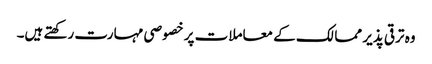
وہ ترقی پذیر ممالک کے معاملات پر خصوصی مہارت رکھتے ہیں۔